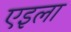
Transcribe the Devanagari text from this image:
एइला